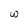
Character: w